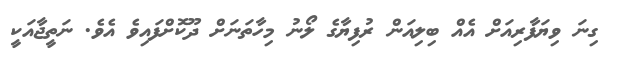
ގިނަ ވިޔަފާރިއަށް އެއް ބިލިއަން ރުފިޔާގެ ލޯނު މިހާތަނަށް ދޫކޮށްފައިވެ އެވެ. ނަތީޖާއަކީ